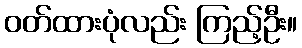
ဝတ်ထားပုံလည်း ကြည့်ဦး။